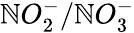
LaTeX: \mathbb{N}O_{2}^{-}/\mathbb{N}O_{3}^{-}